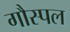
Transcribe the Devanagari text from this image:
गौस्पल